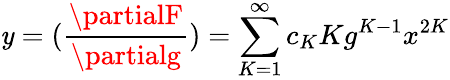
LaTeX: \mathit{y}=(\frac{{\partialF}}{{\partialg}})=\sum_{K=1}^{\infty}c_{K}Kg^{K-1}x^{2K}